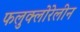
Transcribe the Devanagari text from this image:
फलुक्‍लोरेलीन